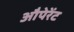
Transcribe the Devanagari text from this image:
औपेरेंट